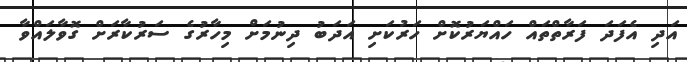
އަދި އެފަދަ ފަރާތްތައް ހައްޔަރުކޮށް ހަރުކަށި އަދަބު ދިނުމަށް މިހާރުގެ ސަރުކާރަށް ގޮވާލައްވާ